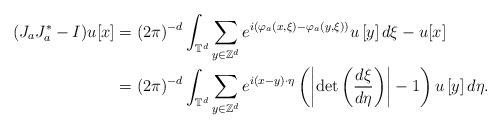
LaTeX: \begin{align*}(J_a J_a^*-I)u[x]&=(2\pi)^{-d}\int_{\mathbb{T}^d}\sum_{y\in\mathbb{Z}^d} e^{i(\varphi_a(x,\xi)-\varphi_a(y,\xi))}u\left[y\right]d\xi-u[x] \\&=(2\pi)^{-d}\int_{\mathbb{T}^d}\sum_{y\in\mathbb{Z}^d} e^{i(x-y)\cdot\eta}\left(\left|\det\left(\frac{d\xi}{d\eta}\right)\right|-1\right) u\left[y\right] d\eta .\end{align*}